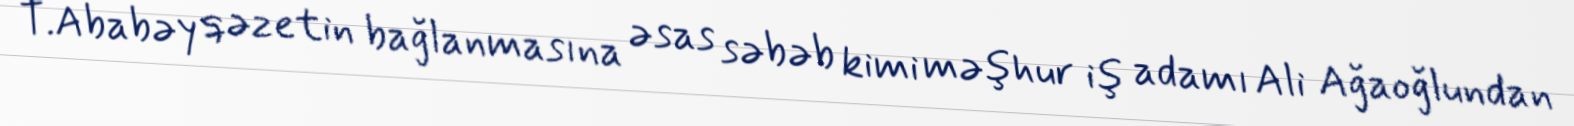
T.Ababəy qəzetin bağlanmasına əsas səbəb kimi məşhur iş adamı Ali Ağaoğlundan